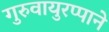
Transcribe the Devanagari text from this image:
गुरुवायुरप्पाने